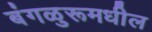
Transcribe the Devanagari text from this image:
बंगळुरूमधील